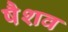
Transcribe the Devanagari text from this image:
षैशव